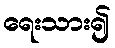
ရေးသား၍